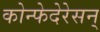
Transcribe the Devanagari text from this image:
कोन्फेदेरेसन्